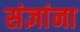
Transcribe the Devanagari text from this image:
संज्ञांना